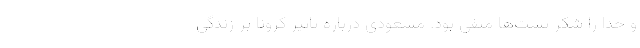
و خدا را شکر تست‌ها منفی بود. مسعودی درباره تاثیر کرونا بر زندگی